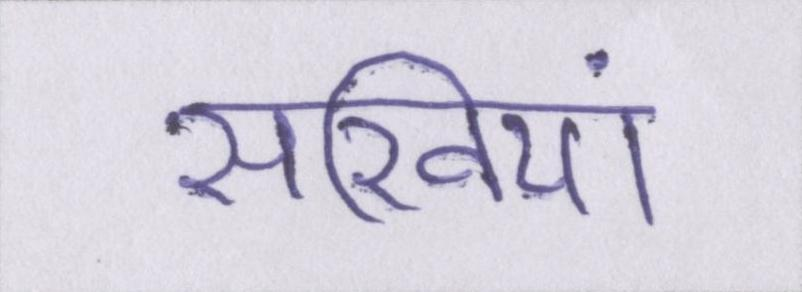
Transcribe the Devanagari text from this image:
सखियां